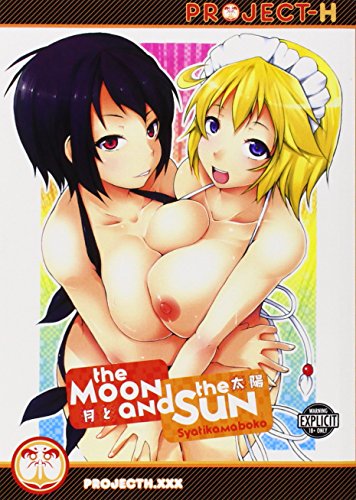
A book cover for MOON AND THE SUN GN (The Moon and the Sun); Syatikamaboko; Comics & Graphic Novels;